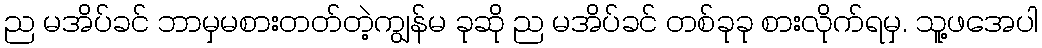
ည မအိပ်ခင် ဘာမှမစားတတ်တဲ့ကျွန်မ ခုဆို ည မအိပ်ခင် တစ်ခုခု စားလိုက်ရမှ. သူ့ဖအေပါ